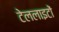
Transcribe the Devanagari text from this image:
टेललाइटों